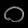
Digit: ၀